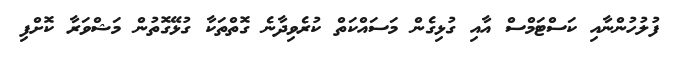
ފުލުހުންނާއި ކަސްޓަމްސް އާއި ގުޅިގެން މަސައްކަތް ކުރެވިދާނެ ގޮތްތަކާ ގުޅޭގޮތުން މަޝްވަރާ ކޮށްފި